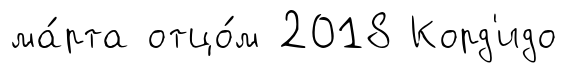
ма́рта отцо́м 2018 Корд'идо